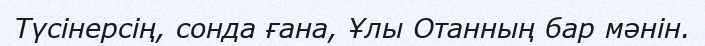
Түсінерсің, сонда ғана, Ұлы Отанның бар мәнін.